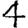
Digit: 4